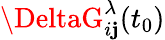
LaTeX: \DeltaG_{i\mathbf{j}}^{\lambda}(t_{0})